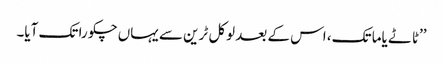
’’ٹاٹے یاما تک، اس کے بعد لوکل ٹرین سے یہاں چکورا تک آیا۔